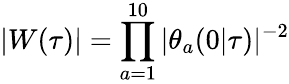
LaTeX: |W(\tau)|=\prod_{a=1}^{10}|\theta_{a}(0|\tau)|^{-2}